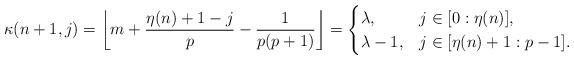
LaTeX: \begin{align*}\kappa(n+1,j)=\left\lfloor m+\frac{\eta(n)+1-j}{p}-\frac{1}{p(p+1)}\right\rfloor=\begin{cases}\lambda, & j\in[0:\eta(n)],\\\lambda-1, & j\in[\eta(n)+1:p-1].\end{cases}\end{align*}